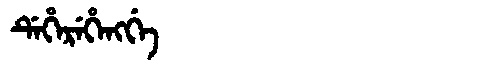
Manchu: ᡩᡝᡥᡝᡵᡝᡥᡝᠩᡤᡝ
Romanization: DEHEREHENGGE